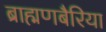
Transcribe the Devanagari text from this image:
ब्राह्मणबैरिया